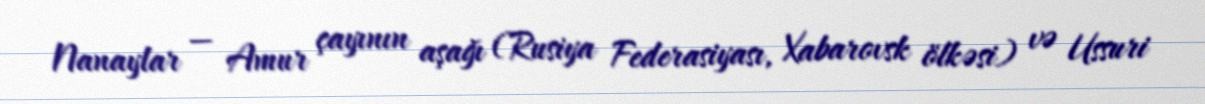
Nanaylar — Amur çayının aşağı (Rusiya Federasiyası, Xabarovsk ölkəsi) və Ussuri